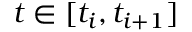
t \in [ t _ { i } , t _ { i + 1 } ]